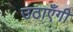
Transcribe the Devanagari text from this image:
उठाएँगी